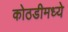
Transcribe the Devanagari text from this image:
कोठडीमध्ये